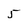
Character: 5